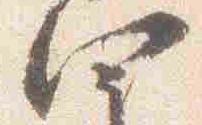
四